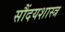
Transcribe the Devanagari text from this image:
सौंदयशास्त्र